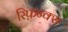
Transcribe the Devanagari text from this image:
स्फ़िन्क्स